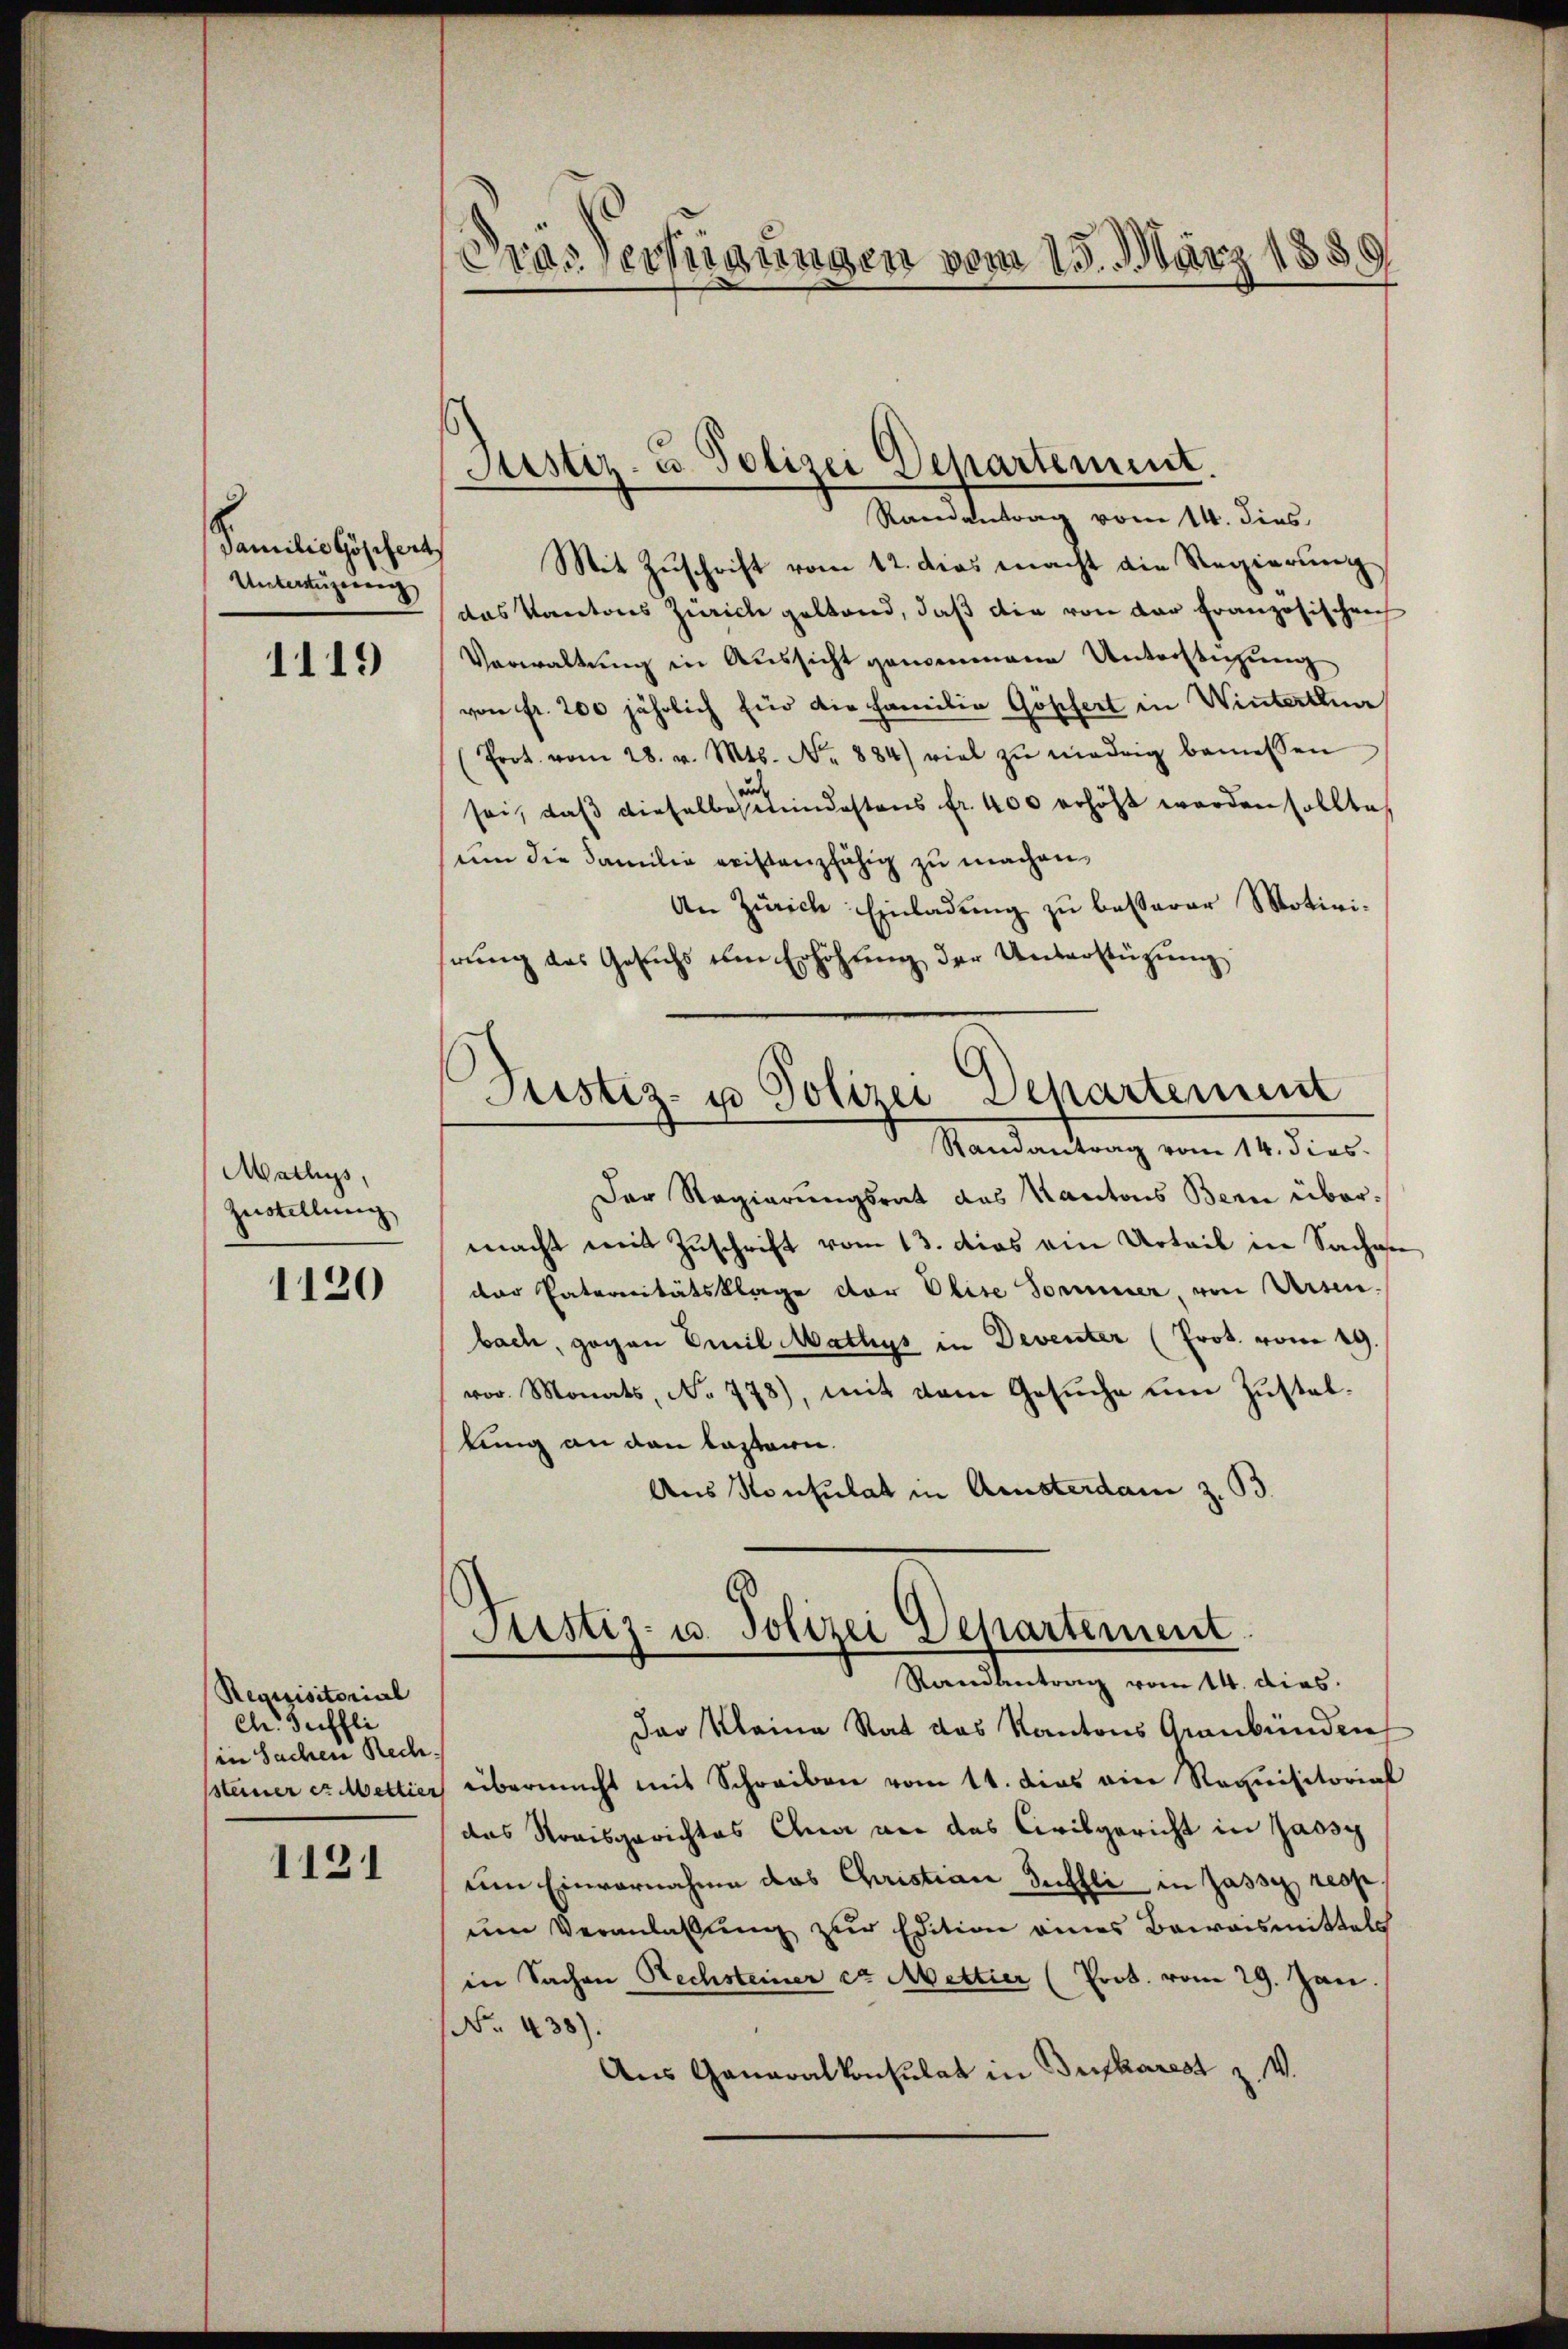
Familie Göschert
Untertigerung

1119

Wallis,
Zustellung

1120

Requisitorial
ch. Suffli
(in Sachen Reche.
steiner er Mettier

1131

Prassertigungen vom 15. März 1855.
3

Justiz- u. Polizei Departement.
Randantrag vom 14. dies

Justiz- u Polizei Departement
Randantrag vom 14. dies

Mit Zuschrift vom 12. dies macht die Regierung
das Kantons Zürich gestand, daß die von der Französischrech
Verwaltung in Aussicht genommene Unterstüzung
von fr. 200 jährlich für die Familie Göpfert in Winterthun
(Prot. vom 28. v. Mts. No. 884) viel zŭ madrig bemessen
und
sei, daß dieselbestendestens fr. 400 erhöht worden sollte,
um die Familie reistenzfähig zu machen,
An Zürich Einladŭng zu besserer Motivi-
rung des Gesuchs um Erhöhung der Unterstützung
Der Regierungsrat das Kantons Bern über-
macht mit Zuschrift vom 13. dies ein Urteil in Sachen
der Paternitätsklage der Elise Sonner, von Ursen.
bach, gegen Emil Mathys in Deventer (Prot. vom 19.
vor. Monats, No 778), mit dem Gesŭche ŭm Zŭstal-
lung an den lastern.
Aus Konsulat in Amsterdam z. B.
Justiz- u. Polizei Departement
Randantrag vom 14. dies
Das Kleine Rat das Kantons Graubünden
übermacht mit Schreiben vom 11. dies ein Requisitorial
das Kreisgerichtes Anna vor das Civilgericht in Jassy
um Einvernahme das Christian Tuchli in Jasse, resp.
um Veranlassŭng zur Edition eines Beweismittels
in Sachen Rechsteiner er Mettier (Prot. vom 29. Jan
No. 438).
Aus Generalkonsulat in Bucharest z. V.